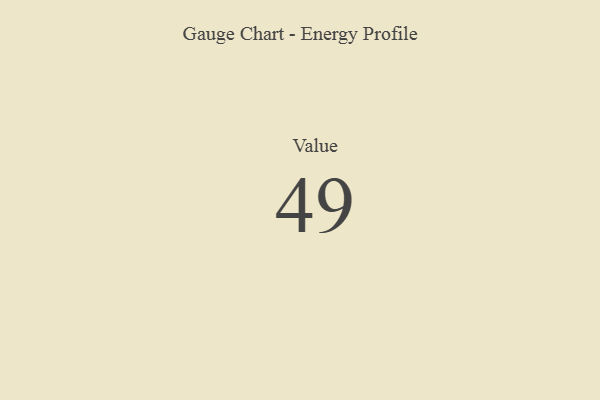
{"axis": {"x": "Metric", "y": "Value"}, "legend": [""], "data": [{"x": "Value", "y": 49, "type": ""}]}